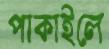
পাকাইলে